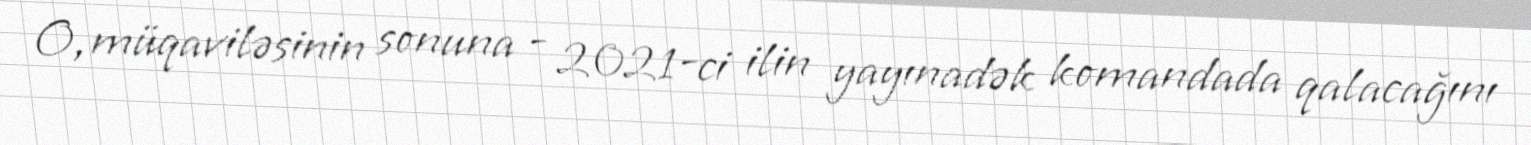
O, müqaviləsinin sonuna - 2021-ci ilin yayınadək komandada qalacağını